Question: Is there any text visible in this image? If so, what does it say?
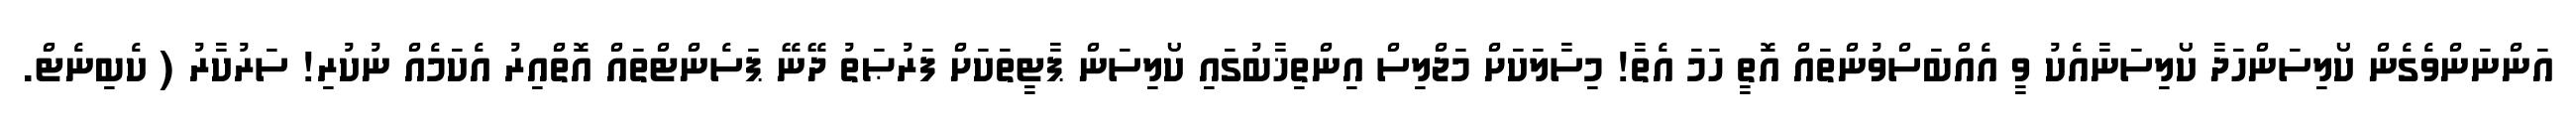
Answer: އަންނަންވެގެން ކޯލިސަންހަދާ ކޯލިސަނާއެކު ވީ އެއްބަސްވުންތައް އޮތީ ހަމަ އެތާ! މިސާލަކަށް މަޖްލިސް އިންތިޚާބުގައި ކޯލިސަން ޕާޓީތަކަށް ފަރުޞަތު ދޭނޭ ޕަސެންޓްތައް އޮތްއިރު އެކަމެއް ނުކުރި! ސަރުކާރު ( ކެބިނެޓް.